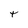
Character: t